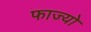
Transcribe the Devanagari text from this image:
फाज्यो